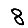
Digit: 8